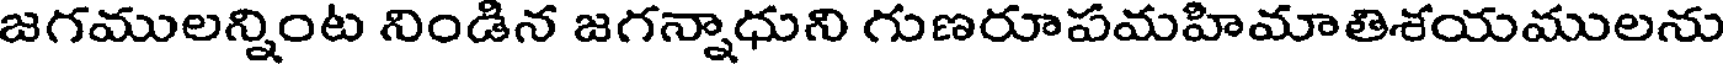
జగములన్నింట నిండిన జగన్నాధుని గుణరూపమహిమాతిశయములను